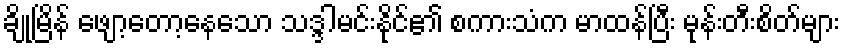
ချိုမြိန် ဖျော့တော့နေသော သဒ္ဒါမင်းနိုင်၏ စကားသံက မာထန်ပြီး မုန်းတီးစိတ်များ